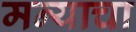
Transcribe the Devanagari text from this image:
मन्याचा